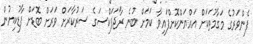
ފެންވަރުގެ މަގާމުތަކަަށް އައްޔަންކޮށްފައިވާ ކަމަށް ބުނެ ރާޖަޕަކްސަގެ ސަރުކާރަށް ވަރަށް ބޮޑަށް ފާޑުކިޔުން